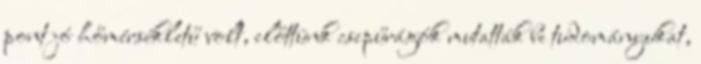
pont jó hőmérsékletű volt, előttünk csepűrágók mutatták be tudományukat,